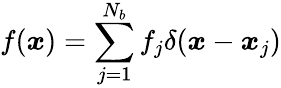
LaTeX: f(\boldsymbol x)=\sum_{j=1}^{N_{b}}f_{j}\delta(\boldsymbol x-\boldsymbol x_{j})